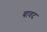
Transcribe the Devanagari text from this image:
बावद